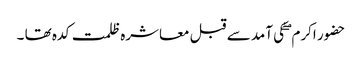
حضور اکرم ۖ کی آمد سے قبل معاشرہ ظلمت کدہ تھا ۔